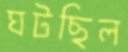
ঘটছিল